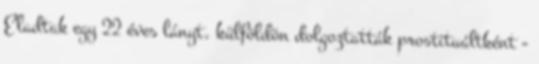
Eladtak egy 22 éves lányt, külföldön dolgoztatták prostituáltként -